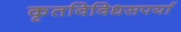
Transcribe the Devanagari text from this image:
कृतविविधसपर्या